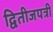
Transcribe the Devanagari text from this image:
द्वितीजपत्री